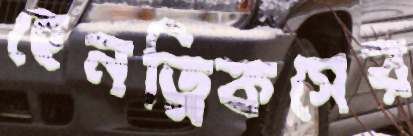
হেনড্রিকসের